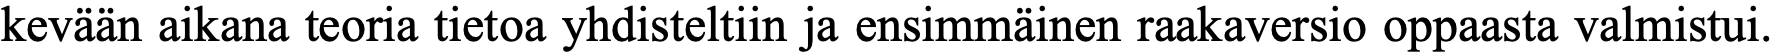
kevään aikana teoria tietoa yhdisteltiin ja ensimmäinen raakaversio oppaasta valmistui.